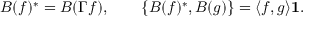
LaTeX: B ( f ) ^ { * } = B ( \Gamma f ) , \qquad \{ B ( f ) ^ { * } , B ( g ) \} = \langle f , g \rangle { \bf 1 } .